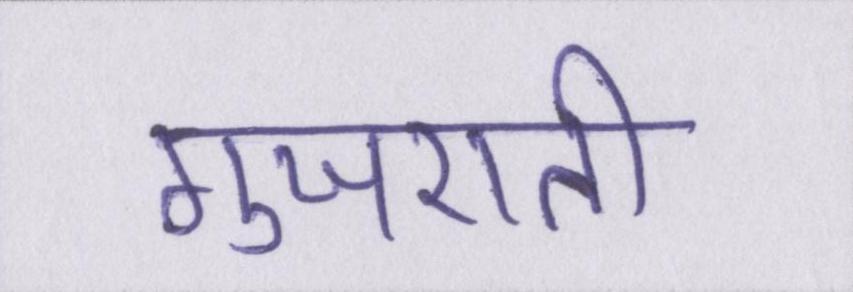
गुजराती